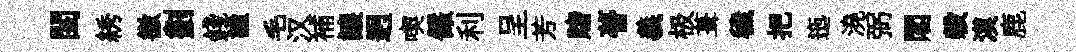
閨綉徼劃錢謐毛汉補譲迥喫儼利呈芳賭瞢義极葺穢把迤澆弼閣榖漠鹿